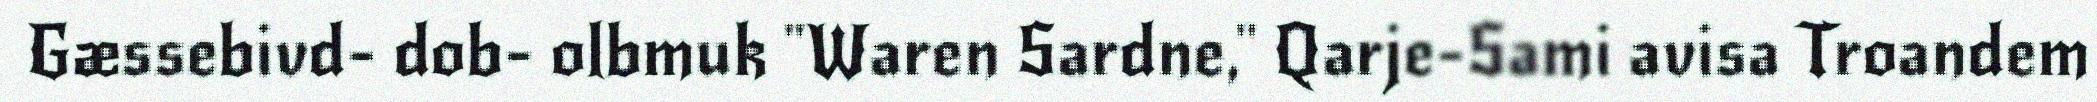
Gæssebivd- dob- olbmuk "Waren Sardne," Qarje-Sami avisa Troandem